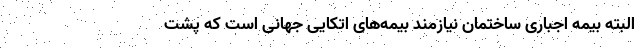
البته بیمه اجباری ساختمان نیازمند بیمه‌های اتکایی جهانی است که پشت